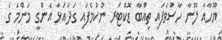
ޔޫހާއާ ލޫނާ ހާސްވެފައި ތިއްބާ ޑޮކްޓަރ ނުކުމެފައި ގަދައަޅާ އެންގީ މަންމަ ގެ